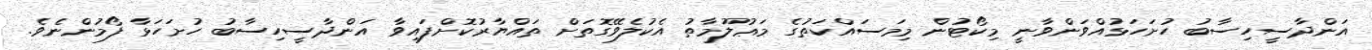
އަންދާސީހިސާބު ހުށަހަޅުއްވަންވާނީ މިކޯޓުން މިމަސައްކަތުގެ މަޢުލޫމާތު އެކުލެވޭގޮތަށް ތައްޔާރުކޮށްފައިވާ އަންދާސީހިސާބު ހުށަހަޅާ ފޯމުންނެވެ.